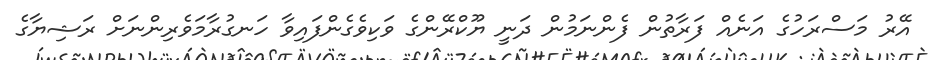
އޭރު މަސްރަހުގެ އަނެއް ފަރާތުން ފެންނަމުން ދަނީ ޔޫކްރޭންގެ ވަކިވެގެންފައިވާ ހަނގުރާމަވެރިންނަށް ރަޝިޔާގެ